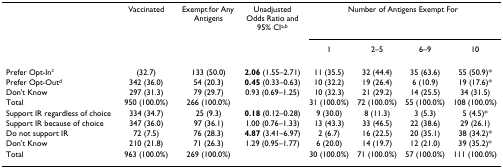
<table><thead><tr><td></td><td><b>Vaccinated</b></td><td><b>Exempt for Any Antigens</b></td><td><b>Unadjusted Odds Ratio and 95% CI<sup>a,b</sup></b></td><td colspan="4"><b>Number of Antigens Exempt For</b></td></tr><tr><td></td><td></td><td></td><td></td><td><b>1</b></td><td><b>2–5</b></td><td><b>6–9</b></td><td><b>10</b></td></tr></thead><tbody><tr><td>Prefer Opt-In<sup>c</sup></td><td>(32.7)</td><td>133 (50.0)</td><td><b>2.06 </b>(1.55–2.71)</td><td>11 (35.5)</td><td>32 (44.4)</td><td>35 (63.6)</td><td>55 (50.9)*</td></tr><tr><td>Prefer Opt-Out<sup>d</sup></td><td>342 (36.0)</td><td>54 (20.3)</td><td><b>0.45 </b>(0.33–0.63)</td><td>10 (32.2)</td><td>19 (26.4)</td><td>6 (10.9)</td><td>19 (17.6)*</td></tr><tr><td>Don&#x27;t Know</td><td>297 (31.3)</td><td>79 (29.7)</td><td>0.93 (0.69–1.25)</td><td>10 (32.3)</td><td>21 (29.2)</td><td>14 (25.5)</td><td>34 (31.5)</td></tr><tr><td>Total</td><td>950 (100.0%)</td><td>266 (100.0%)</td><td></td><td>31 (100.0%)</td><td>72 (100.0%)</td><td>55 (100.0%)</td><td>108 (100.0%)</td></tr><tr><td>Support IR regardless of choice</td><td>334 (34.7)</td><td>25 (9.3)</td><td><b>0.18 </b>(0.12–0.28)</td><td>9 (30.0)</td><td>8 (11.3)</td><td>3 (5.3)</td><td>5 (4.5)*</td></tr><tr><td>Support IR because of choice</td><td>347 (36.0)</td><td>97 (36.1)</td><td>1.00 (0.76–1.33)</td><td>13 (43.3)</td><td>33 (46.5)</td><td>22 (38.6)</td><td>29 (26.1)</td></tr><tr><td>Do not support IR</td><td>72 (7.5)</td><td>76 (28.3)</td><td><b>4.87 </b>(3.41–6.97)</td><td>2 (6.7)</td><td>16 (22.5)</td><td>20 (35.1)</td><td>38 (34.2)*</td></tr><tr><td>Don&#x27;t Know</td><td>210 (21.8)</td><td>71 (26.3)</td><td>1.29 (0.95–1.77)</td><td>6 (20.0)</td><td>14 (19.7)</td><td>12 (21.0)</td><td>39 (35.2)*</td></tr><tr><td>Total</td><td>963 (100.0%)</td><td>269 (100.0%)</td><td></td><td>30 (100.0%)</td><td>71 (100.0%)</td><td>57 (100.0%)</td><td>111 (100.0%)</td></tr></tbody></table>